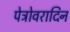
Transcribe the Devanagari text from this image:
पेट्रोवरादिन